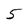
Character: 5